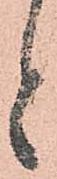
と